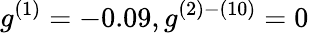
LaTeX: g^{(1)}=-0.09,g^{(2)-(10)}=0